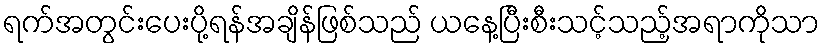
ရက်အတွင်းပေးပို့ရန်အချိန်ဖြစ်သည် ယနေ့ပြီးစီးသင့်သည့်အရာကိုသာ